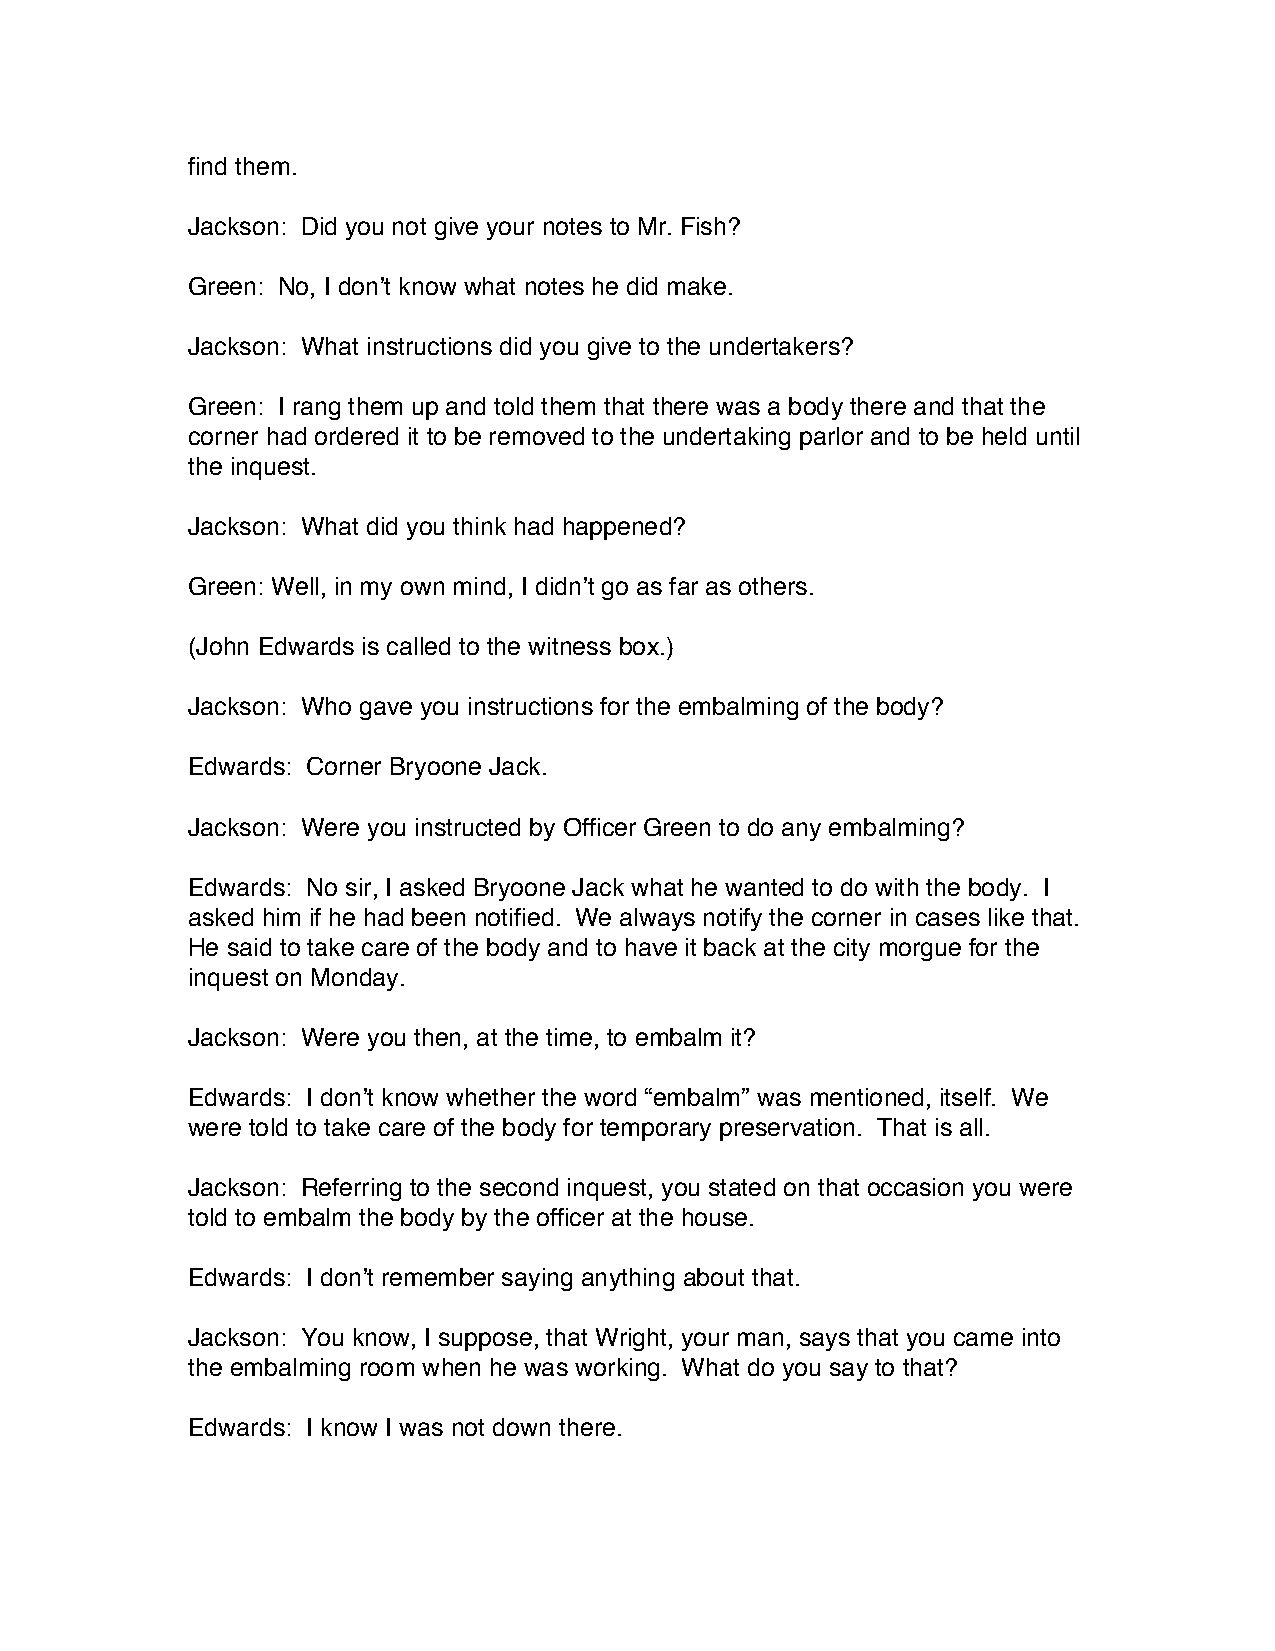
find them.
 Jackson: Did you not give your notes to Mr. Fish?
 Green: No, I don’t know what notes he did make.
 Jackson: What instructions did you give to the undertakers?
 Green: I rang them up and told them that there was a body there and that the
 corner had ordered it to be removed to the undertaking parlor and to be held until
 the inquest.
 Jackson: What did you think had happened?
 Green: Well, in my own mind, I didn’t go as far as others.
 (John Edwards is called to the witness box.)
 Jackson: Who gave you instructions for the embalming of the body?
 Edwards: Corner Bryoone Jack.
 Jackson: Were you instructed by Officer Green to do any embalming?
 Edwards: No sir, I asked Bryoone Jack what he wanted to do with the body. I
 asked him if he had been notified. We always notify the corner in cases like that.
 He said to take care of the body and to have it back at the city morgue for the
 inquest on Monday.
 Jackson: Were you then, at the time, to embalm it?
 Edwards: I don’t know whether the word “embalm” was mentioned, itself. We
 were told to take care of the body for temporary preservation. That is all.
 Jackson: Referring to the second inquest, you stated on that occasion you were
 told to embalm the body by the officer at the house.
 Edwards: I don’t remember saying anything about that.
 Jackson: You know, I suppose, that Wright, your man, says that you came into
 the embalming room when he was working. What do you say to that?
 Edwards: I know I was not down there.